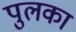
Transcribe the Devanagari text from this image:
पुलका